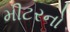
મીટરનો